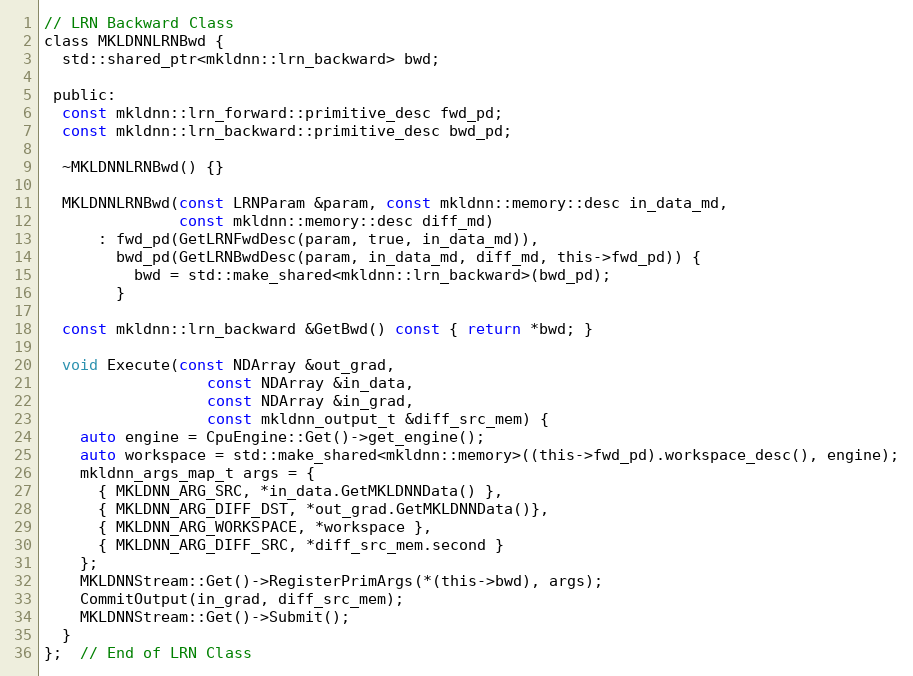
Language: C
// LRN Backward Class
class MKLDNNLRNBwd {
  std::shared_ptr<mkldnn::lrn_backward> bwd;

 public:
  const mkldnn::lrn_forward::primitive_desc fwd_pd;
  const mkldnn::lrn_backward::primitive_desc bwd_pd;

  ~MKLDNNLRNBwd() {}

  MKLDNNLRNBwd(const LRNParam &param, const mkldnn::memory::desc in_data_md,
               const mkldnn::memory::desc diff_md)
      : fwd_pd(GetLRNFwdDesc(param, true, in_data_md)),
        bwd_pd(GetLRNBwdDesc(param, in_data_md, diff_md, this->fwd_pd)) {
          bwd = std::make_shared<mkldnn::lrn_backward>(bwd_pd);
        }

  const mkldnn::lrn_backward &GetBwd() const { return *bwd; }

  void Execute(const NDArray &out_grad,
                  const NDArray &in_data,
                  const NDArray &in_grad,
                  const mkldnn_output_t &diff_src_mem) {
    auto engine = CpuEngine::Get()->get_engine();
    auto workspace = std::make_shared<mkldnn::memory>((this->fwd_pd).workspace_desc(), engine);
    mkldnn_args_map_t args = {
      { MKLDNN_ARG_SRC, *in_data.GetMKLDNNData() },
      { MKLDNN_ARG_DIFF_DST, *out_grad.GetMKLDNNData()},
      { MKLDNN_ARG_WORKSPACE, *workspace },
      { MKLDNN_ARG_DIFF_SRC, *diff_src_mem.second }
    };
    MKLDNNStream::Get()->RegisterPrimArgs(*(this->bwd), args);
    CommitOutput(in_grad, diff_src_mem);
    MKLDNNStream::Get()->Submit();
  }
};  // End of LRN Class